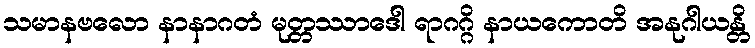
သမာနဗလော နာနာဂတံ မုတ္တဿာဒေါ ရာဂဂ္ဂိ နာယကောတိ အနုဂါယန္တိ